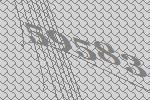
59583